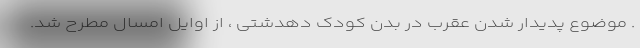
. موضوع پدیدار شدن عقرب در بدن کودک دهدشتی ، از اوایل امسال مطرح شد.